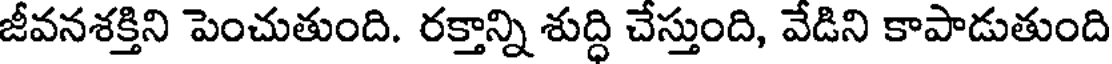
జీవనశక్తిని పెంచుతుంది. రక్తాన్ని శుద్ధి చేస్తుంది, వేడిని కాపాడుతుంది